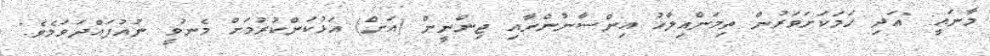
މާނައީ: "އަދި ހަމަކަށަވަރުން ތިމަންއިލާހު އިންސާނުންނާއި ޖިންނީން (އަށް) އަޅުކަންކުރުމަށް މެނުވީ ނުއުފައްދަވަމެވެ."